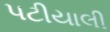
પટીયાલી